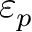
\varepsilon _ { p }